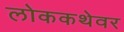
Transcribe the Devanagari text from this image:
लोककथेवर